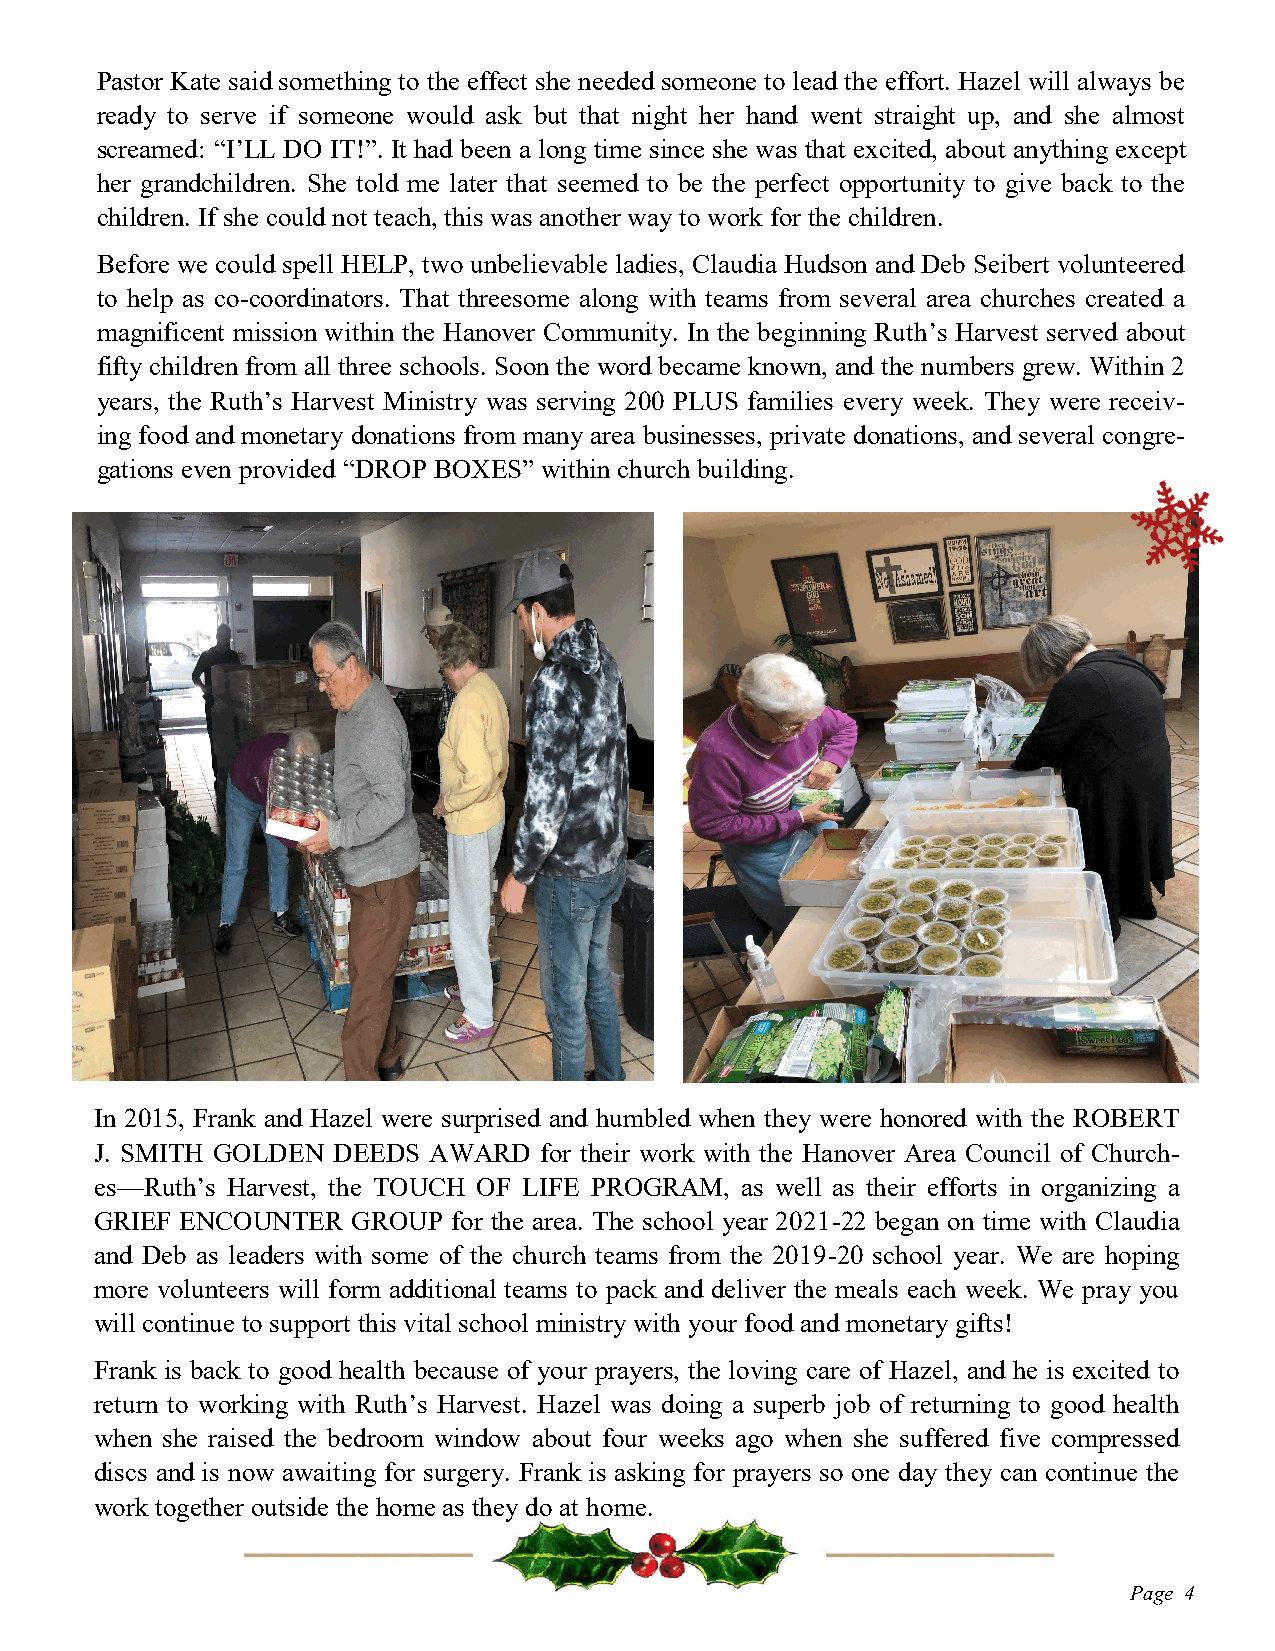
Pastor Kate said something to the effect she needed someone to lead the effort. Hazel will always be
 ready to serve if someone would ask but that night her hand went straight up, and she almost
 screamed: “I’LL DO IT!”. It had been a long time since she was that excited, about anything except
 her grandchildren. She told me later that seemed to be the perfect opportunity to give back to the
 children. If she could not teach, this was another way to work for the children.
 Before we could spell HELP, two unbelievable ladies, Claudia Hudson and Deb Seibert volunteered
 to help as co-coordinators. That threesome along with teams from several area churches created a
 magnificent mission within the Hanover Community. In the beginning Ruth’s Harvest served about
 fifty children from all three schools. Soon the word became known, and the numbers grew. Within 2
 years, the Ruth’s Harvest Ministry was serving 200 PLUS families every week. They were receiv-
 ing food and monetary donations from many area businesses, private donations, and several congre-
 gations even provided “DROP BOXES” within church building.
 In 2015, Frank and Hazel were surprised and humbled when they were honored with the ROBERT
 J. SMITH GOLDEN DEEDS AWARD   for their work with the Hanover Area Council of Church-
 es—Ruth’s Harvest, the TOUCH OF LIFE PROGRAM, as well as their efforts in organizing a
 GRIEF ENCOUNTER  GROUP  for the area. The school year 2021-22 began on time with Claudia
 and Deb as leaders with some of the church teams from the 2019-20 school year. We are hoping
 more volunteers will form additional teams to pack and deliver the meals each week. We pray you
 will continue to support this vital school ministry with your food and monetary gifts!
 Frank is back to good health because of your prayers, the loving care of Hazel, and he is excited to
 return to working with Ruth’s Harvest. Hazel was doing a superb job of returning to good health
 when she raised the bedroom window about four weeks ago when she suffered five compressed
 discs and is now awaiting for surgery. Frank is asking for prayers so one day they can continue the
 work together outside the home as they do at home.
 Page 4